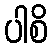
ပါစိ